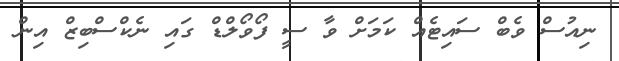
ނިއުސް ވެބް ސައިޓެއް ކަމަށް ވާ ސީ ފޯވޯލްޑް ގައި ނެކްސްބިޒް އިން